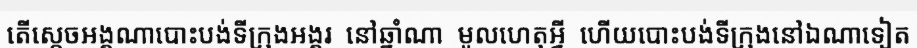
តើស្តេចអង្គណាបោះបង់ទីក្រុងអង្គរ  នៅឆ្នាំណា  មូលហេតុអ្វី  ហើយបោះបង់ទីក្រុងនៅឯណាទៀត